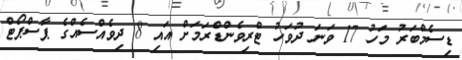
ޑިސެމްބަރު މަހު 17 ވަނަ ދުވަހު ޓްރިވެންޑްރަމަށް އައި 8 ދިވެއްސެއްގެ ޕާސްޕޯޓް